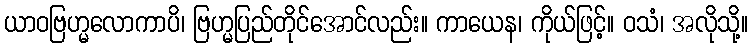
ယာဝဗြဟ္မလောကာပိ၊ ဗြဟ္မပြည်တိုင်အောင်လည်း။ ကာယေန၊ ကိုယ်ဖြင့်။ ဝသံ၊ အလိုသို့။